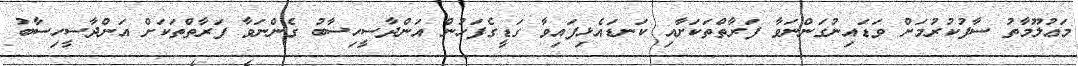
މަޢުލޫމާތު ސާފުކުރުމަށް ވަޑައިނުގަންނަވާ ފަރާތްތަކަށާއި ކަނޑައެޅިފައިވާ ގަޑީގެފަހުން އަންދާސީހިސާބު ގެންނަވާ ފަރާތްތަކަށް އަންދާސީހިސާބު